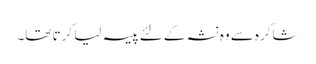
شاکرہ سے وہ نشہ کے لئے پیسہ لیا کرتا تھا۔